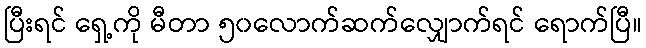
ပြီးရင် ရှေ့ကို မီတာ ၅၀လောက်ဆက်လျှောက်ရင် ရောက်ပြီ။